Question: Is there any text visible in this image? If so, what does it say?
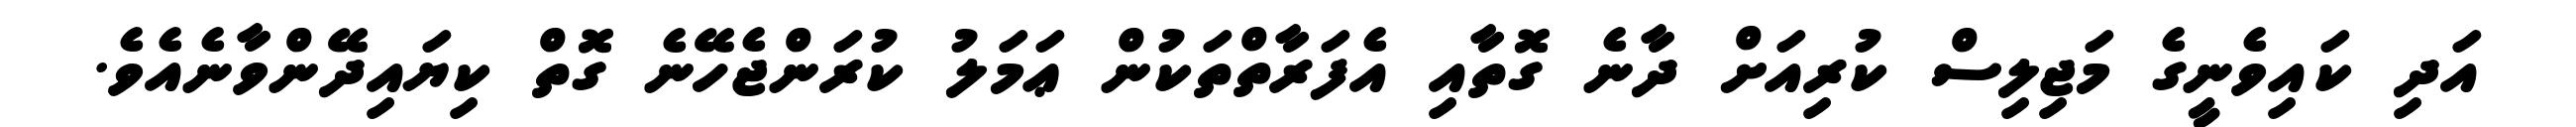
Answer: އަދި ކައިވެނީގެ މަޖިލިސް ކުރިއަށް ދާނެ ގޮތާއި އެފަރާތްތަކުން ޢަމަލު ކުރަންޖެހޭނެ ގޮތް ކިޔައިދޭންވާނެއެވެ.